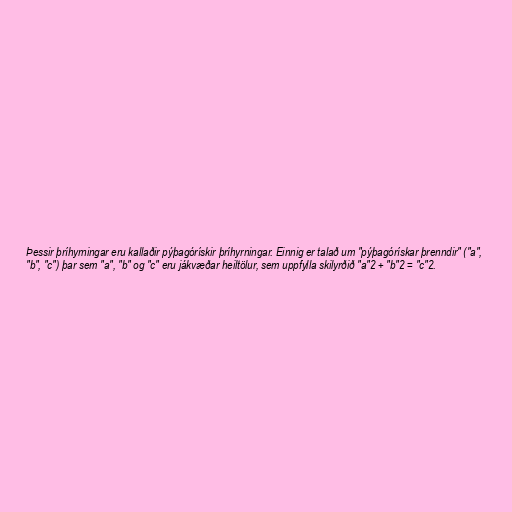
Þessir þríhyrningar eru kallaðir pýþagórískir þríhyrningar. Einnig er talað um "pýþagórískar þrenndir" ("a",
"b", "c") þar sem "a", "b" og "c" eru jákvæðar heiltölur, sem uppfylla skilyrðið "a"2 + "b"2 = "c"2.